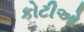
કોટીઓ